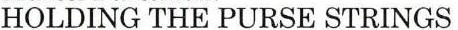
HOLDING THE PURSE STRINGS